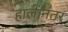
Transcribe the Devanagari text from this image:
हालानंतर